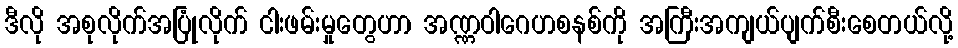
ဒီလို အစုလိုက်အပြုံလိုက် ငါးဖမ်းမှုတွေဟာ အဏ္ဏဝါဂေဟစနစ်ကို အကြီးအကျယ်ပျက်စီးစေတယ်လို့